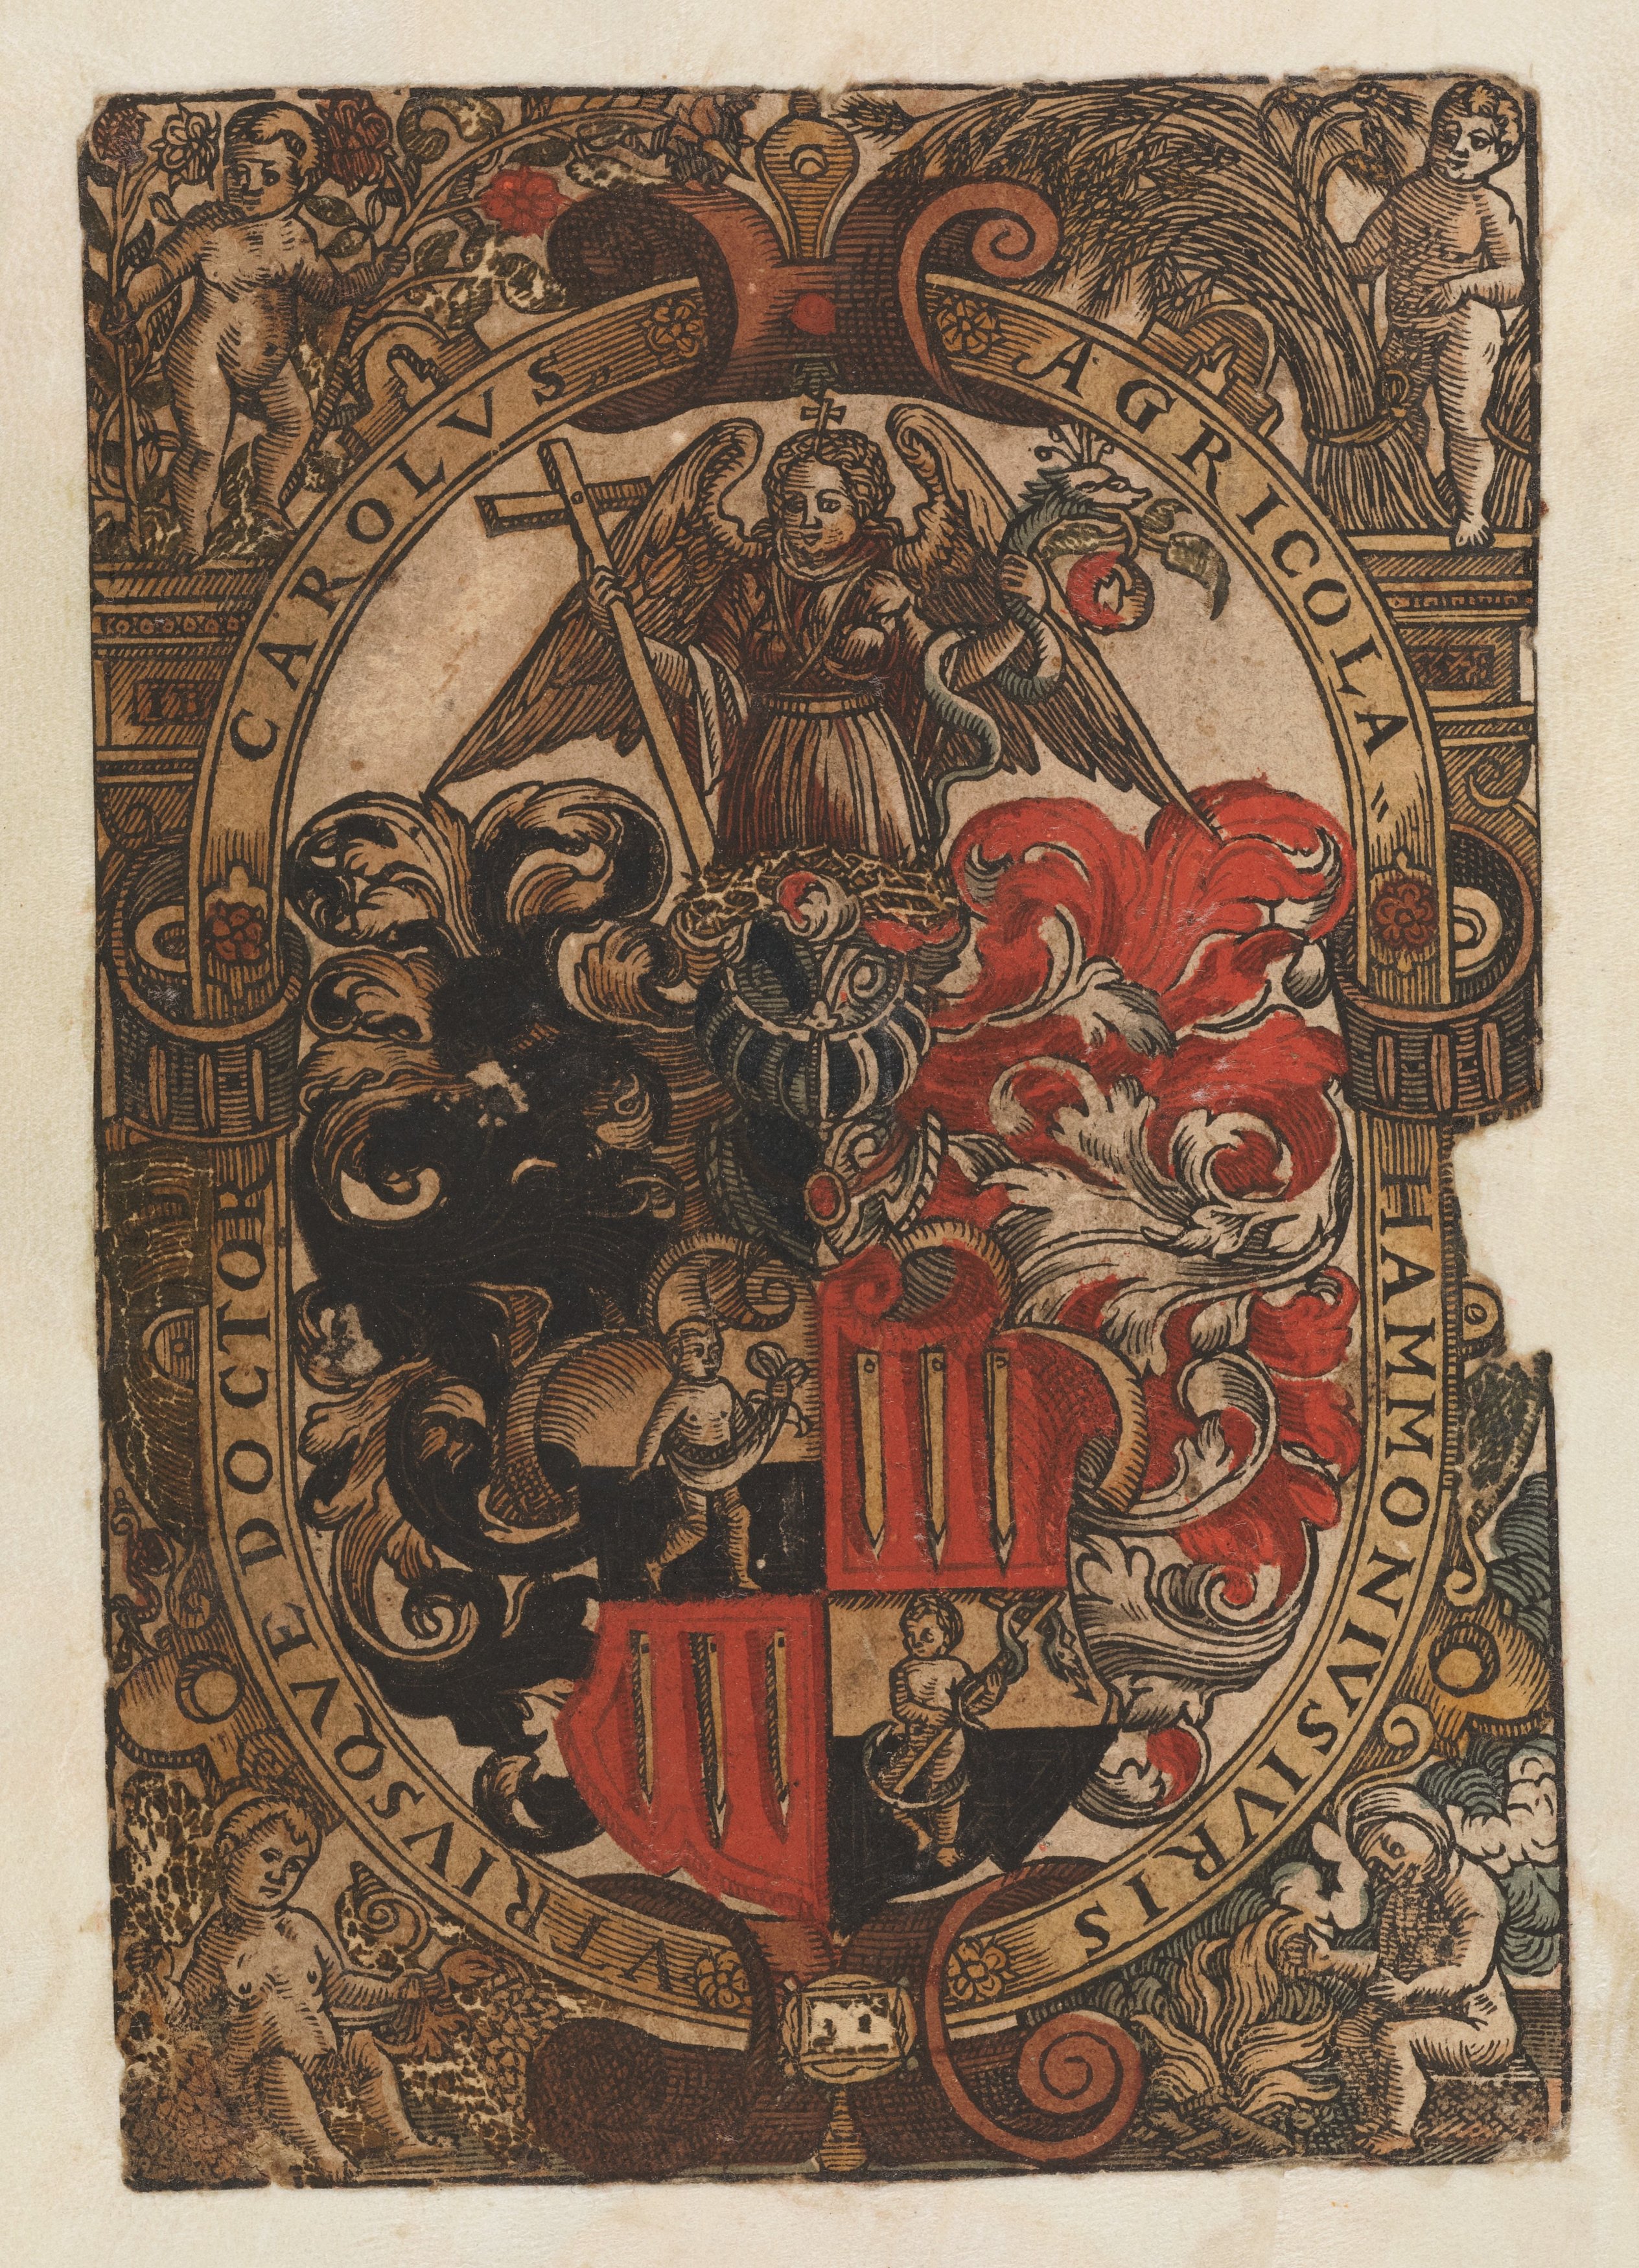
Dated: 1476–1506